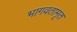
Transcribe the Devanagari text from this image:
भागवतामृत